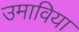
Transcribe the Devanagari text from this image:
उमाविया